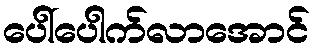
ပေါ်ပေါက်လာအောင်